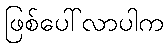
ဖြစ်ပေါ်လာပါက